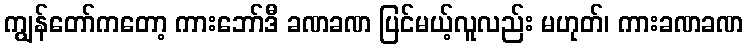
ကျွန်တော်ကတော့ ကားဘော်ဒီ ခဏခဏ ပြင်မယ့်လူလည်း မဟုတ်၊ ကားခဏခဏ